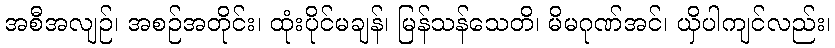
အစီအလျဉ်၊ အစဉ်အတိုင်း၊ ထုံးပိုင်မချန်၊ မြန်သန်သေတိ၊ မိမဂုဏ်အင်၊ ယှိပါကျင်လည်း၊